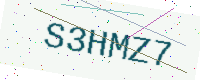
Text: S3HMZ7